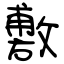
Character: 敷